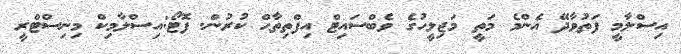
އިސްލާމީ ފަތުވާދޭ އެންމެ މަތީ މަޖިލީހުގެ ވެބްސައިޓް އިފްތިތާޙް ކުރުން. ފޮޓޯ:އިސްލާމިކް މިނިސްޓްރީ